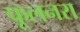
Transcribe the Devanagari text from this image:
फूलनरा